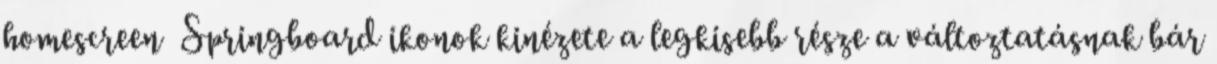
homescreen Springboard ikonok kinézete a legkisebb része a változtatásnak bár